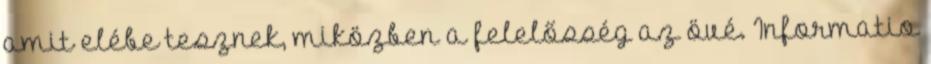
amit elébe tesznek, miközben a felelősség az övé. Informatio